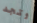
وتجد